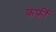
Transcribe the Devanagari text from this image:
कर्फ़ी